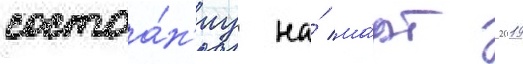
состоа́н'иу на́ ма́рт 2019